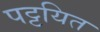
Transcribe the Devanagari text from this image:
पट्टयित